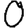
Digit: 0